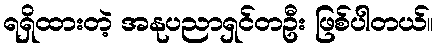
ရရှိထားတဲ့ အနုပညာရှင်တဦး ဖြစ်ပါတယ်။